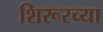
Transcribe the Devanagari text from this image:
शिरूरच्या